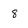
Character: 8